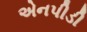
એનપીડી